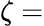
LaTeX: \zeta=